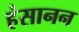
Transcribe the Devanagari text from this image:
हंसानन